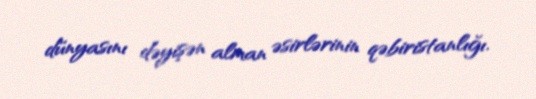
dünyasını dəyişən alman əsirlərinin qəbiristanlığı.